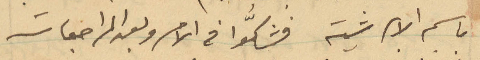
باسم الأبرشية فشكّوا في الامر وبعد المراجعات